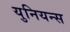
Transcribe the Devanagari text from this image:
युनियन्स